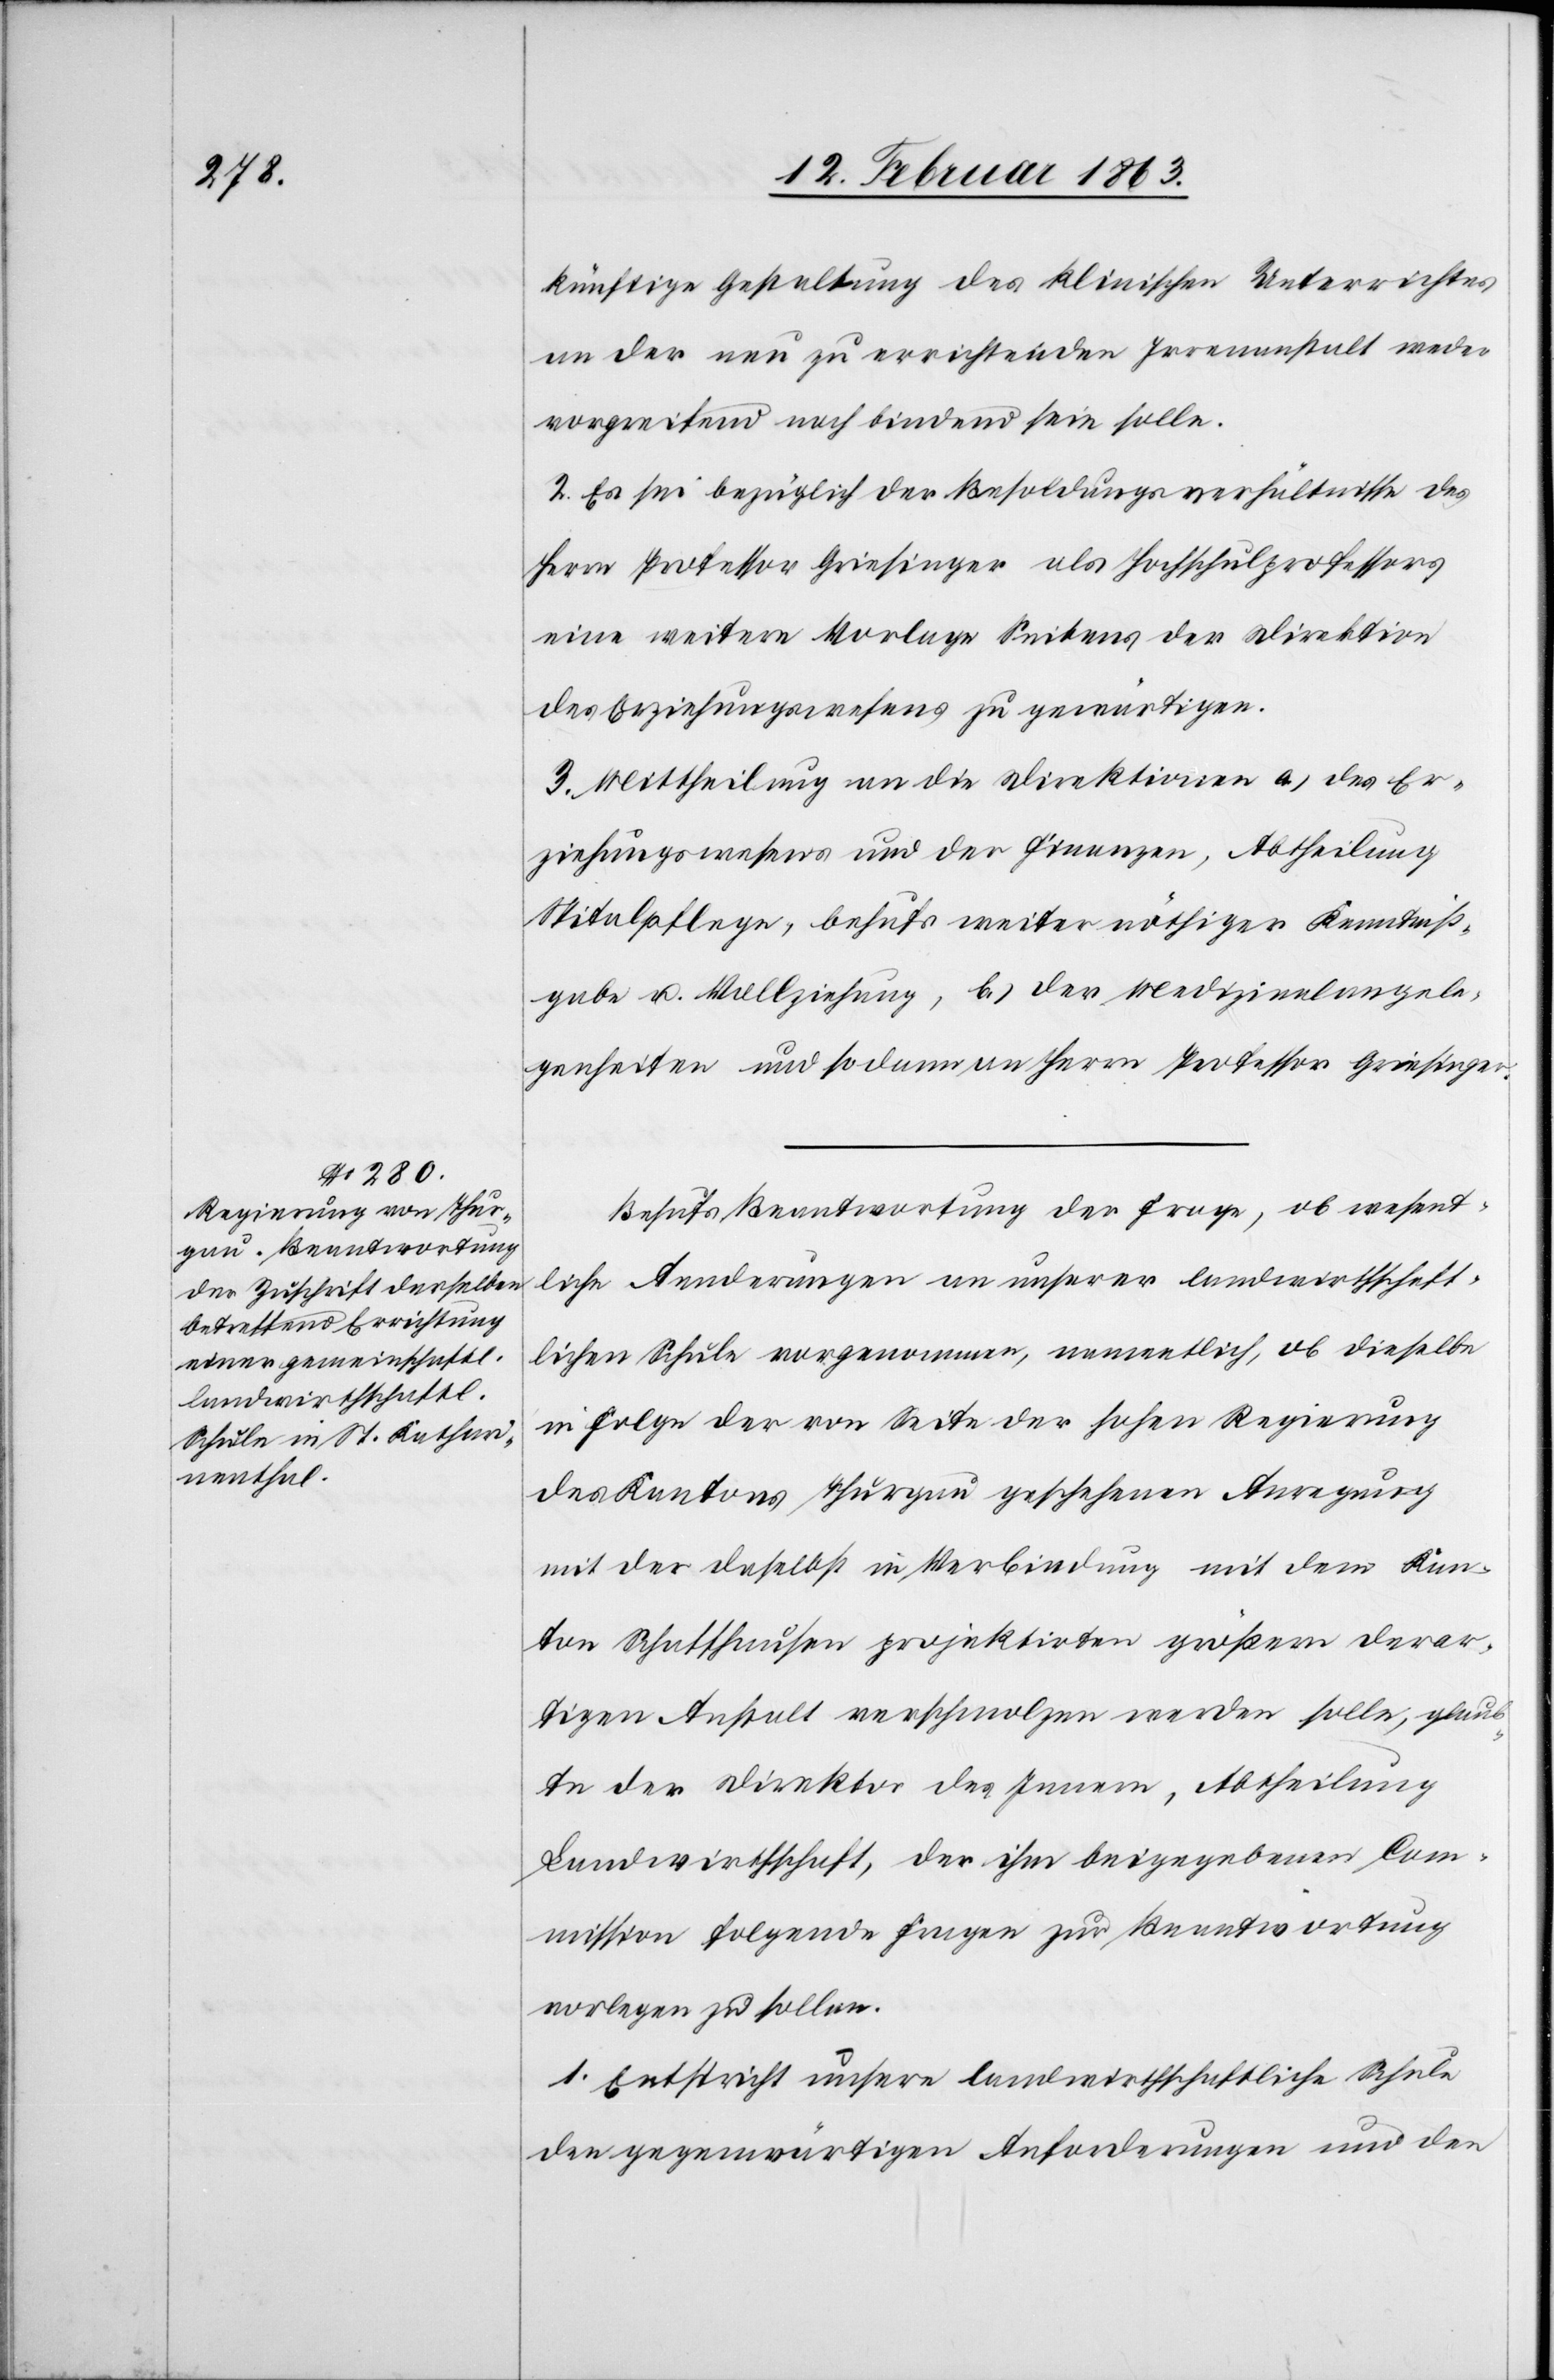
künftige Gestaltung des klinischen Unterrichtes
an der neu zu errichtenden Irrenanstalt weder
vorgreifend noch bindend sein solle.
2. Es sei bezüglich der Besoldungsverhältnisse des
Herrn Professor Griesinger als Hochschulprofessors
eine weitere Vorlage Seitens der Direktion
des Erziehungswesens zu gewärtigen.
3. Mittheilung an die Direktionen a.) des Er¬
ziehungswesens und der Finanzen, Abtheilung
Spitalpflege, behufs weiter nöthiger Kenntniß¬
gabe u. Vollziehung, b.) der Medizinalangele¬
genheiten und sodann an Herrn Professor Griesinger.
Behufs Beantwortung der Frage, ob wesent¬
liche Aenderungen an unserer landwirthschaft¬
lichen Schule vorgenommen, namentlich, ob dieselbe
in Folge der von Seite der hohen Regierung
des Kantons Thurgau geschehenen Anregung
mit der daselbst in Verbindung mit dem Kan¬
ton Schaffhausen projektirten größern derar¬
tigen Anstalt verschmolzen werden solle, glaub¬
te der Direktor des Innern, Abteilung
Landwirtschaft, der ihm beigegebenen Com¬
mission folgende Fragen zu Beantwortung
vorlegen zu sollen.
1. Entspricht unsere landwirthschaftliche Schule
den gegenwärtigen Anforderungen und den